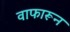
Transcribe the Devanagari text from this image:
वाफारून